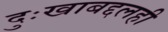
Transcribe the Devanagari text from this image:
दुःखाबद्दलही